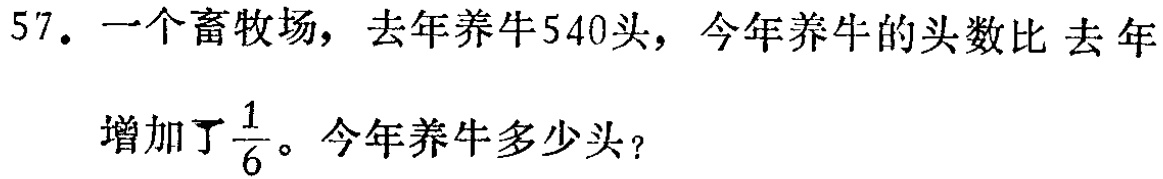
57. 一个畜牧场，去年养牛540头，今年养牛的头数比 去年增加了$\frac{1}{6}$。今年养牛多少头？